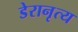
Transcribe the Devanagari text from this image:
डेरानृत्य